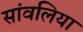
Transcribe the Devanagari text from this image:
सांवलिया